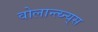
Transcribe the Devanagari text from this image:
वोलान्त्य्न्य्स